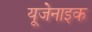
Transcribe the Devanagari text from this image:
यूजेनाइक